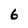
Character: 6